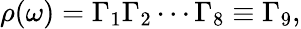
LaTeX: \rho(\omega)=\Gamma_{1}\Gamma_{2}\cdots\Gamma_{8}\equiv\Gamma_{9},